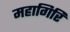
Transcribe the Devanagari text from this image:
महागिरि